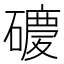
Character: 𥖂